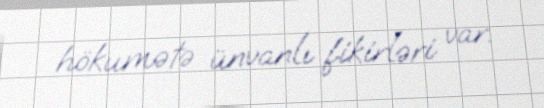
hökumətə ünvanlı fikirləri var.